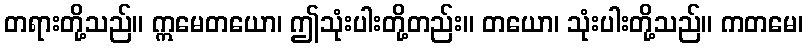
တရားတို့သည်။ ဣမေတယော၊ ဤသုံးပါးတို့တည်း။ တယော၊ သုံးပါးတို့သည်။ ကတမေ၊